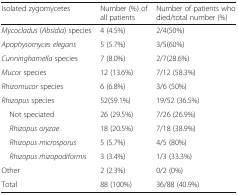
<table><thead><tr><td><b>Isolated zygomycetes</b></td><td><b>Number (%) of all patients</b></td><td><b>Number of patients who died/total number (%)</b></td></tr></thead><tbody><tr><td><i>Mycocladus</i> (<i>Absidia</i>) species</td><td>4 (4.5%)</td><td>2/4(50%)</td></tr><tr><td><i>Apophysomyces elegans</i></td><td>5 (5.7%)</td><td>3/5(60%)</td></tr><tr><td><i>Cunninghamella</i> species</td><td>7 (8.0%)</td><td>2/7(28.6%)</td></tr><tr><td><i>Mucor</i> species</td><td>12 (13.6%)</td><td>7/12 (58.3%)</td></tr><tr><td><i>Rhizomucor</i> species</td><td>6 (6.8%)</td><td>3/6 (50%)</td></tr><tr><td><i>Rhizopus</i> species</td><td>52(59.1%)</td><td>19/52 (36.5%)</td></tr><tr><td> Not speciated</td><td>26 (29.5%)</td><td>7/26 (26.9%)</td></tr><tr><td> <i>Rhizopus oryzae</i></td><td>18 (20.5%)</td><td>7/18 (38.9%)</td></tr><tr><td> <i>Rhizopus microsporus</i></td><td>5 (5.7%)</td><td>4/5 (80%)</td></tr><tr><td> <i>Rhizopus rhizopodiformis</i></td><td>3 (3.4%)</td><td>1/3 (33.3%)</td></tr><tr><td>Other</td><td>2 (2.3%)</td><td>0/2 (0%)</td></tr><tr><td>Total</td><td>88 (100%)</td><td>36/88 (40.9%)</td></tr></tbody></table>